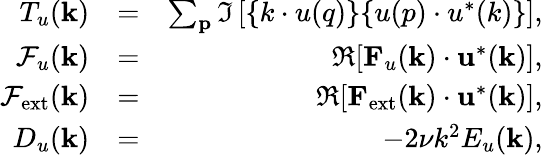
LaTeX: \begin{array}{rlr}{T_{u}({\mathbf k})}&{=}&{\sum_{\mathbf p}\Im\left[{\mathbf\{ k\cdot u(q)\} \{ u(p)\cdot u^{*}(k)\} }\right],}\\ {\mathcal{F}_{u}({\mathbf k})}&{=}&{\Re[{\mathbf F}_{u}({\mathbf k})\cdot{\mathbf u}^{*}({\mathbf k})],}\\ {\mathcal{F}_{\mathrm{ext}}({\mathbf k})}&{=}&{\Re[{\mathbf F}_{\mathrm{ext}}({\mathbf k})\cdot{\mathbf u}^{*}({\mathbf k})],}\\ {D_{u}(\mathbf{k})}&{=}&{-2\nu k^{2}E_{u}({\mathbf k}),}\end{array}